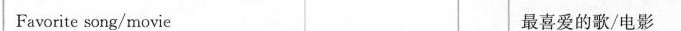
Favorite song/movie 最喜爱的歌/电影